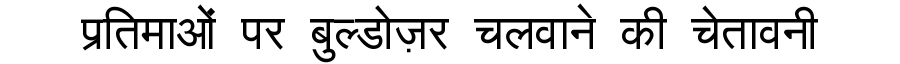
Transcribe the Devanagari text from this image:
प्रतिमाओं पर बुल्डोज़र चलवाने की चेतावनी